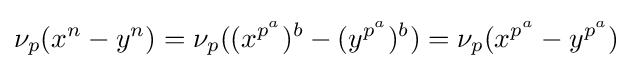
\nu _{p}(x^{n}-y^{n})=\nu _{p}((x^{p^{a}})^{b}-(y^{p^{a}})^{b})=\nu _{p}(x^{p^{a}}-y^{p^{a}})